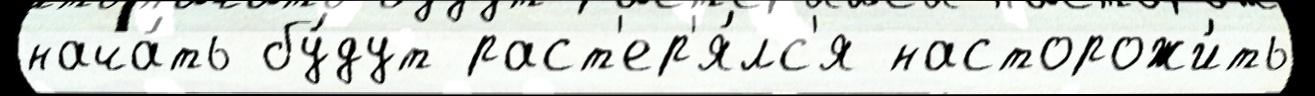
нача́ть бу́дут раст'ер'я́лс'я насторожи́ть